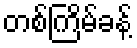
တစ်ကြိမ်ခန့်